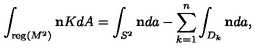
\int _ { { \mathrm { \small { r e g } } } ( M ^ { 2 } ) } { \bf n } K d A = \int _ { S ^ { 2 } } { \bf n } d a - \sum _ { k = 1 } ^ { n } \int _ { D _ { k } } { \bf n } d a ,